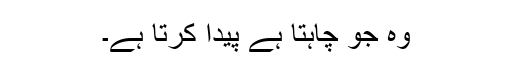
وہ جو چاہتا ہے پیدا کرتا ہے۔